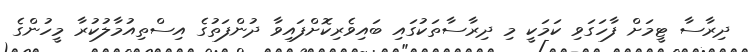
ދިރާސާ ޓީމަށް ފާހަގަވި ކަމަކީ މި ދިރާސާތަކުގައި ބައިވެރިކޮށްފައިވާ ދުންފަތުގެ އިސްތިއުމާލުކުރާ މީހުންގެ